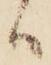
ハ